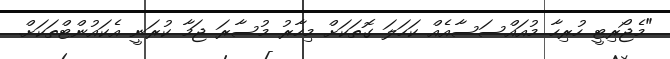
"މެޖޯރިޓީ ހުރިހާ މުއައްސަސާއެއްް ކަހަލަ ގޮތަކަށް މިހާރު މުސާރަ ޖަމާ ކުރަނީ އެކައުންޓްތަކަށް.